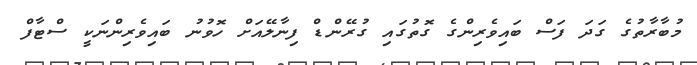
މުބާރާތުގެ ގަދަ ފަސް ބައިވެރިންގެ ގޮތުގައި ގުރޭންޑް ފިނާލޭއަށް ހޮވުނު ބައިވެރިންނަކީ ސްޓާފް